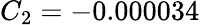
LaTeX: C_{2}=-0.000034